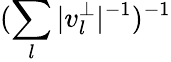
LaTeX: (\sum_{l}|v_{l}^{\perp}|^{-1})^{-1}